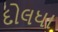
દોલધા